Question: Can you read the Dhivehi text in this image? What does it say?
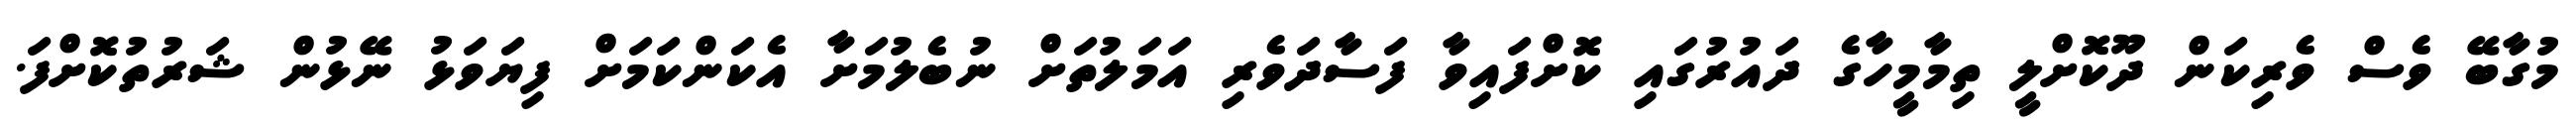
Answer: މުގާބޭ ވެސް ވެރިކަން ދޫކޮށްލީ ތިމާމީހާގެ ދައުރުގައި ކޮށްފައިވާ ފަސާދަވެރި އަމަލުތަށް ނުބެލުމަށާ އެކަންކަމަށް ފިޔަވަޅު ނޭޅުން ޝަރުތުކޮށްފަ.